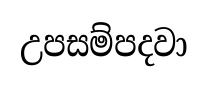
උපසම්පදවා